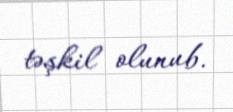
təşkil olunub.